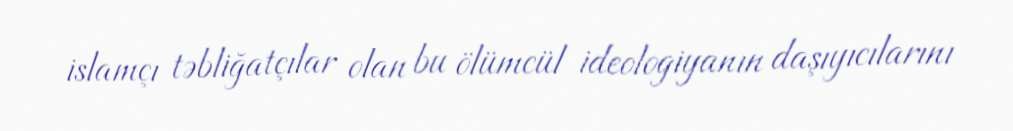
islamçı təbliğatçılar olan bu ölümcül ideologiyanın daşıyıcılarını